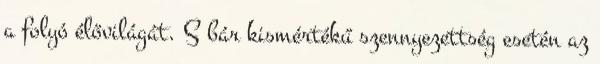
a folyó élővilágát. S bár kismértékű szennyezettség esetén az